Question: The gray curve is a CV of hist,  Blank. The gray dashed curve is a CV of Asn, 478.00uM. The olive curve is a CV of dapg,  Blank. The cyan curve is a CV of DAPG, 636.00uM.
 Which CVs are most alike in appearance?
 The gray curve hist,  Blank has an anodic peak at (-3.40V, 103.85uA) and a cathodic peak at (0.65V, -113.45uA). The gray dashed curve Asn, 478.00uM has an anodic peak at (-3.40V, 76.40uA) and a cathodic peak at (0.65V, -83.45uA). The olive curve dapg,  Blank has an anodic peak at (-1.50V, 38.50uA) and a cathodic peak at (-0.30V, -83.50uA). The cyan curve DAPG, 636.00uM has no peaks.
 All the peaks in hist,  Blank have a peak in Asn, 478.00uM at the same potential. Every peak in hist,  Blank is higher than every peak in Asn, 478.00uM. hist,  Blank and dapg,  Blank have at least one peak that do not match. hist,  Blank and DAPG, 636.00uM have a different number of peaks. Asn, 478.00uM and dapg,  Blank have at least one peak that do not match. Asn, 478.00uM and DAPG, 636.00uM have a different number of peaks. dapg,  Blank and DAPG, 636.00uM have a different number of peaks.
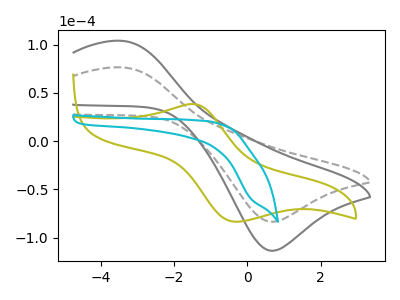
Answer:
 <answer>"Asn, 478.00uM" and "hist,  Blank" have the same shape and are likely CV's of the same chemical.</answer>
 <eval>"Asn, 478.00uM" "hist,  Blank"</eval>